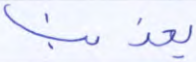
يعذبنا